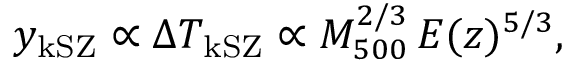
y _ { \mathrm { k S Z } } \propto \Delta T _ { \mathrm { k S Z } } \propto M _ { 5 0 0 } ^ { 2 / 3 } \, E ( z ) ^ { 5 / 3 } ,